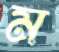
ম